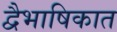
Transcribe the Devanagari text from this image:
द्वैभाषिकात